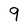
Character: 9